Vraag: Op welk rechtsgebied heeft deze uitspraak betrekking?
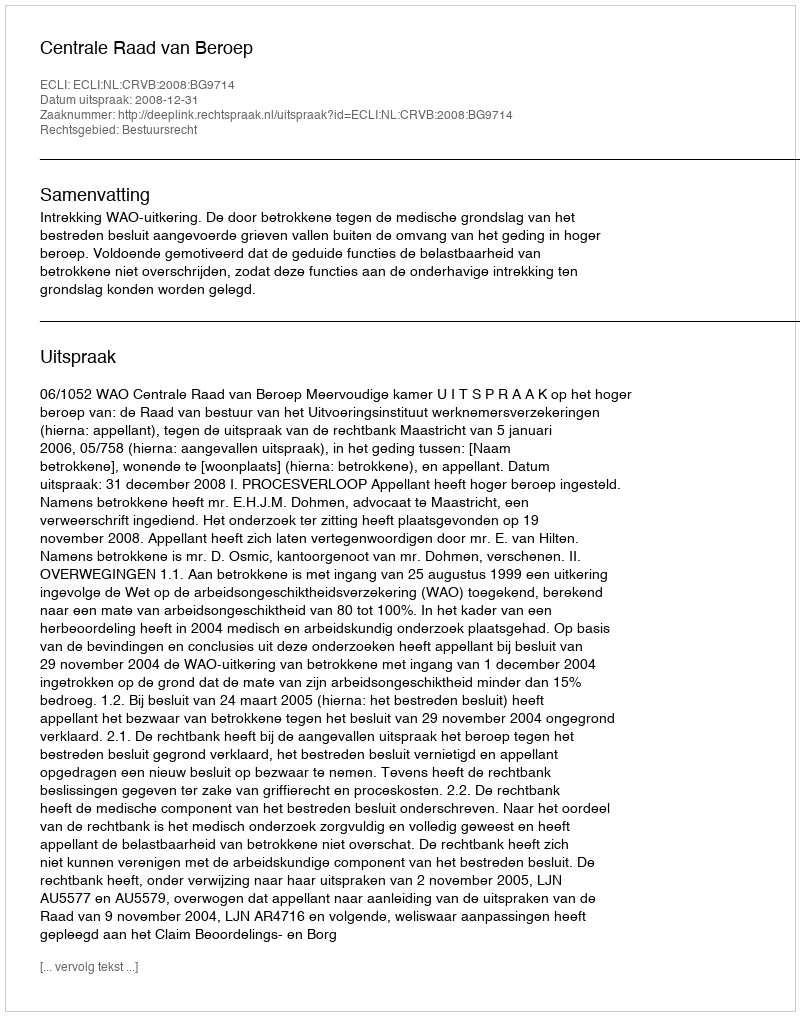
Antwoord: Bestuursrecht